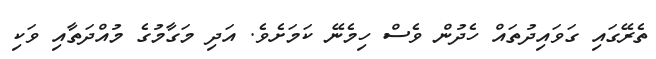
ތެރޭގައި ގަވައިދުތައް ހެދުން ވެސް ހިމެނޭ ކަމަށެވެ. އަދި މަގާމުގެ މުއްދަތާއި ވަކި